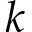
k